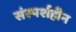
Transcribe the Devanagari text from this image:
संस्पर्शहीन